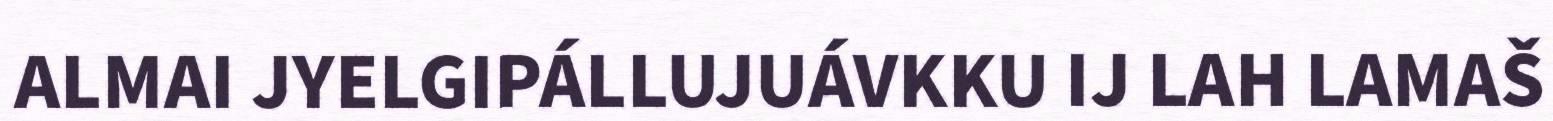
ALMAI JYELGIPÁLLUJUÁVKKU IJ LAH LAMAŠ